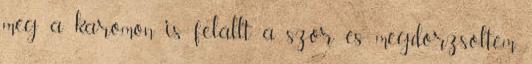
még a karomon is felállt a szőr és megdörzsöltem